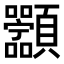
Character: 𬱑